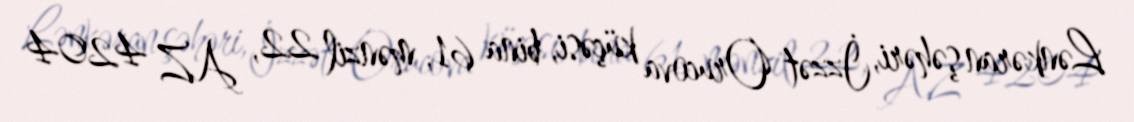
Lənkəran şəhəri, İzzət Orucova küçəsi, bina 61, mənzil 22, AZ 4204